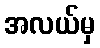
အလယ်မှ